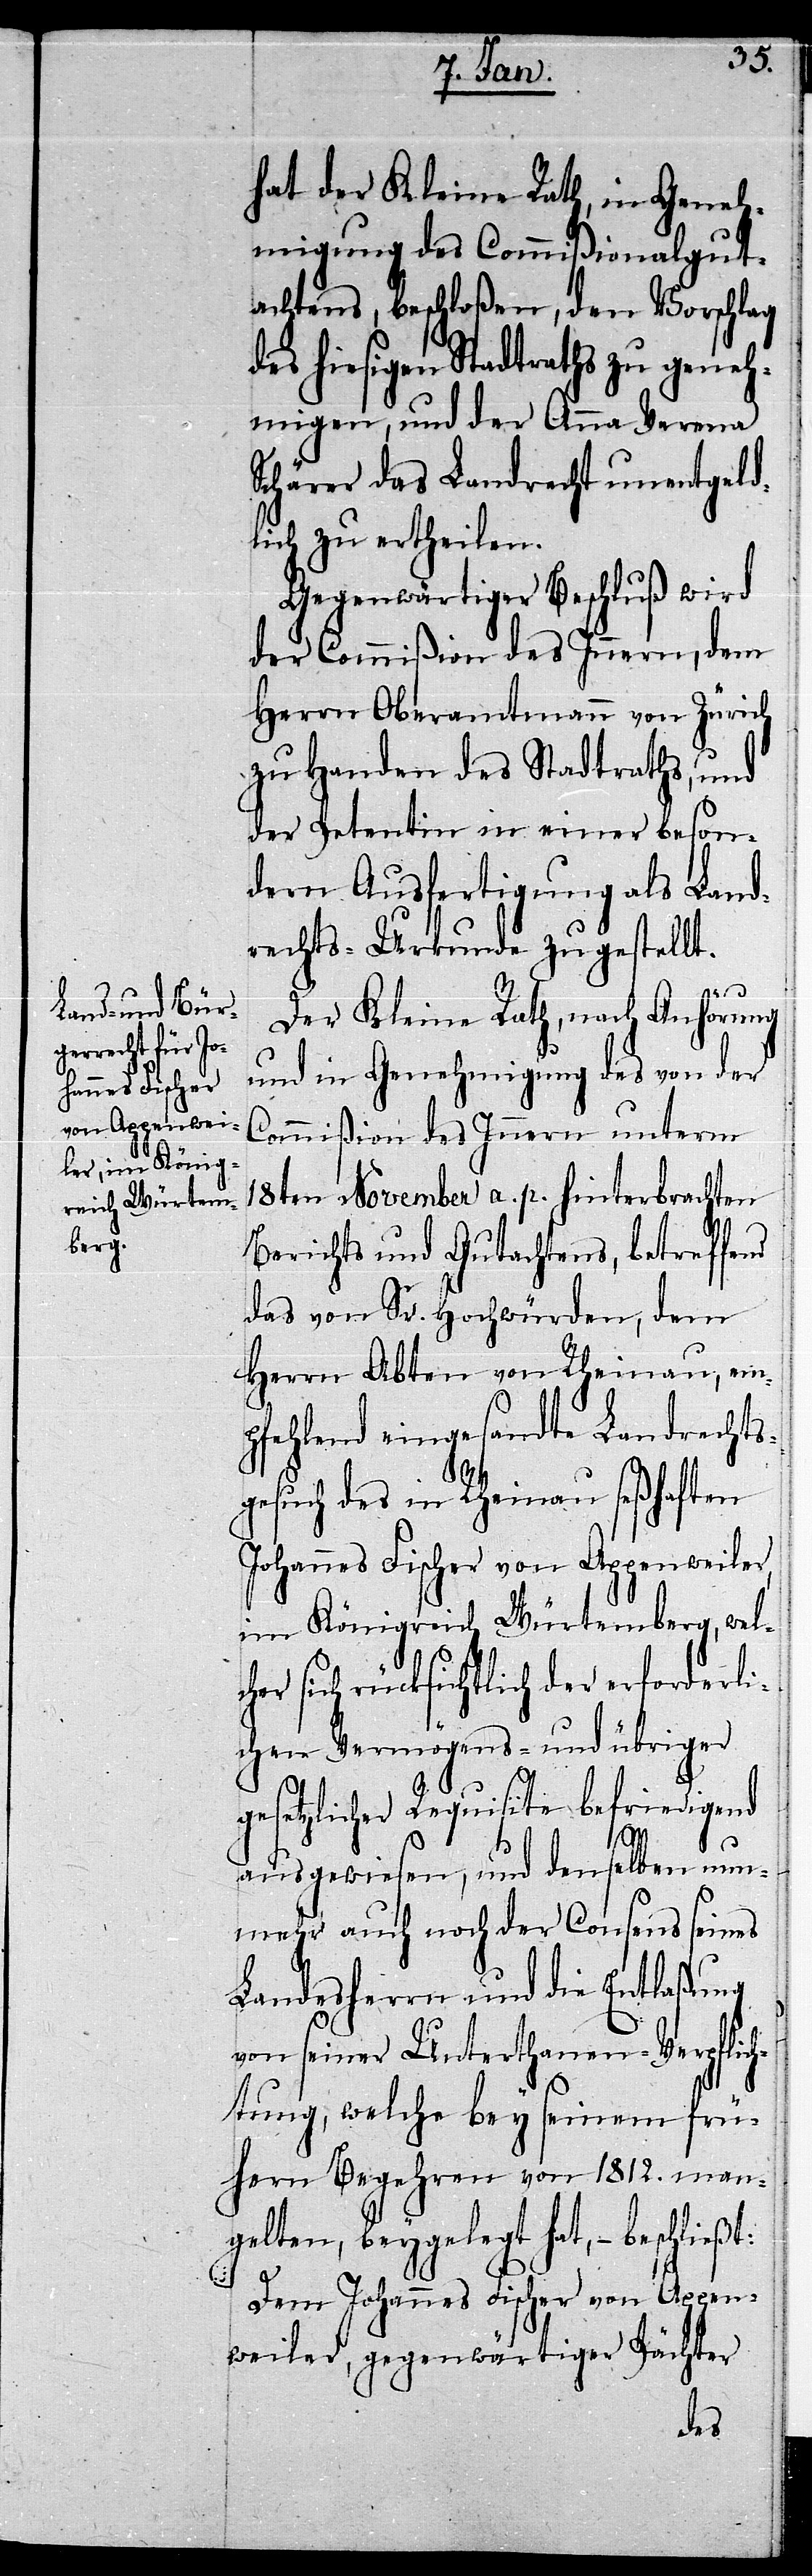
hat der Kleine Rath, in Geneh¬
migung des Commißionalgut¬
achtens, beschloßen, den Vorschlag
des hiesigen Stadtraths zu geneh¬
migen, und der Anna Verena
Schärer das Landrecht unentgeld¬
lich zu ertheilen.
Gegenwärtiger Beschluß wird
der Commißion des Innern, dem
Herrn Oberamtmann von Zürich
zu Handen des Stadtraths, und
der Petentin in einer beson¬
dern Ausfertigung als Land¬
rechts-Urkunde zugestellt.
t:
Der Kleine Rath, nach Anhörung
und in Genehmigung des von der
Commißion des Innern unterm
18ten November a. p. hinterbrachten
Berichts und Gutachtens, betreffend
das von Sr. Hochwürden, dem
Herrn Abten von Rheinau, em¬
pfehlend eingesandte Landrechts¬
gesuch des in Rheinau seßhaften
Johannes Fischer von Appenweiler,
im Königreich Würtemberg, wel¬
cher sich rücksichtlich der erforderli¬
chen Vermögens- und übriger
gesetzlicher Requisite befriedigend
ausgewiesen, und denselben nun¬
mehr auch noch der Consens seines
Landesherrn und die Entlaßung
von seiner Unterthanen-Verpflich¬
tung, welche bey seinem frü¬
hern Begehren von 1812. man¬
gelten, beygelegt hat, – beschließ¬
Dem Johannes Fischer von Appen¬
weiler, gegenwärtiger Pächter